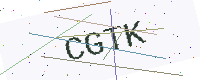
Text: CGTK